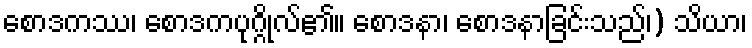
စောဒကဿ၊ စောဒကပုဂ္ဂိုလ်၏။ စောဒနာ၊ စောဒနာခြင်းသည်၊) သိယာ၊